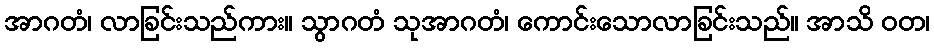
အာဂတံ၊ လာခြင်းသည်ကား။ သွာဂတံ သုအာဂတံ၊ ကောင်းသောလာခြင်းသည်။ အာသိ ဝတ၊